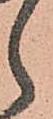
ら